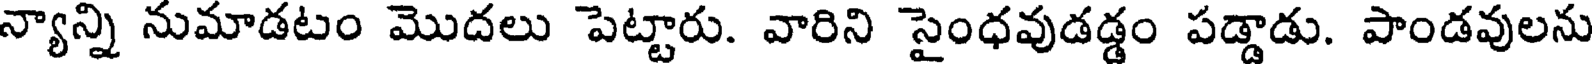
న్యాన్ని నుమాడటం మొదలు పెట్టారు. వారిని సైంధవుడడ్డం పడ్డాడు. పాండవులను